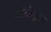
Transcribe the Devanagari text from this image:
काँचीपुरम